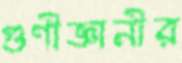
গুণীজ্ঞানীর